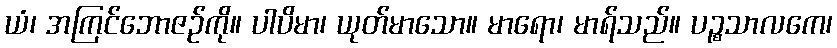
ယံ၊ အကြင်ဘောဇဉ်ကို။ ပါပိမာ၊ ယုတ်မာသော။ မာရော၊ မာရ်သည်။ ပဉ္စသာလကေ၊